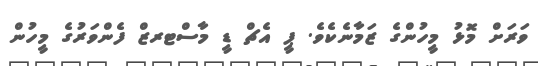
ވަރަށް މޮޅު މީހުންގެ ޒަމާނެކެވެ. ޕީ އެޗް ޑީ މާސްޓރޒް ފެންވަރުގެ މީހުން